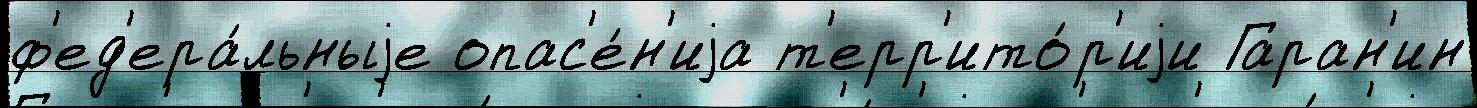
ф'ед'ера́льныjе опас'е́н'иjа т'ерр'ито́р'иjи Гаран'ин